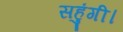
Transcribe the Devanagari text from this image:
सहुंगी।